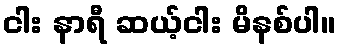
ငါး နာရီ ဆယ့်ငါး မိနစ်ပါ။